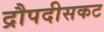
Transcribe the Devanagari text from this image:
द्रौपदीसकट